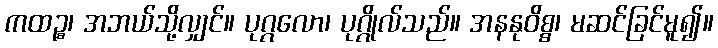
ကထဉ္စ၊ အဘယ်သို့လျှင်။ ပုဂ္ဂလော၊ ပုဂ္ဂိုလ်သည်။ အနနုဝိစ္စ၊ မဆင်ခြင်မူ၍။